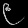
Digit: ၉